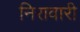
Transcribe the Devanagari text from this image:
निरावारी